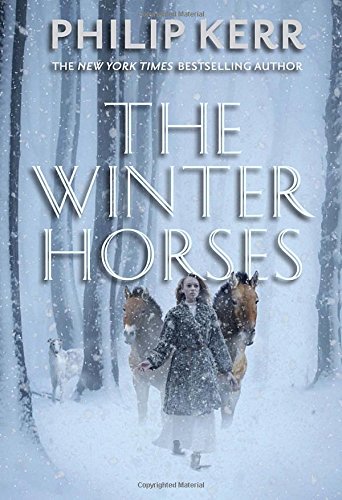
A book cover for The Winter Horses; Philip Kerr; Teen & Young Adult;